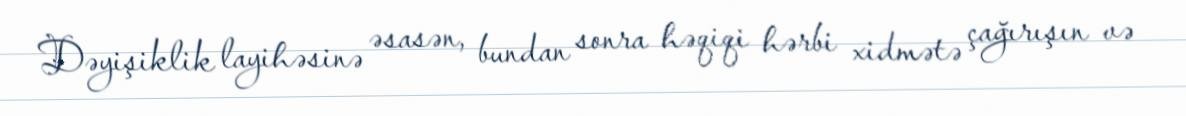
Dəyişiklik layihəsinə əsasən, bundan sonra həqiqi hərbi xidmətə çağırışın və